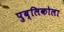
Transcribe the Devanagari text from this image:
पुब्लिकोला